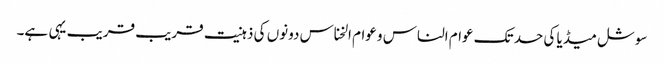
سوشل میڈیا کی حد تک عوام الناس و عوام الخناس دونوں کی ذہنیت قریب قریب یہی ہے۔